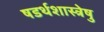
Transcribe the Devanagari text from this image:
षडर्थशास्त्रेषु